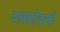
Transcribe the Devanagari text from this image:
दलाऐवजी